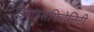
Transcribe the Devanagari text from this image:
डिवाइसफिडेलिटी